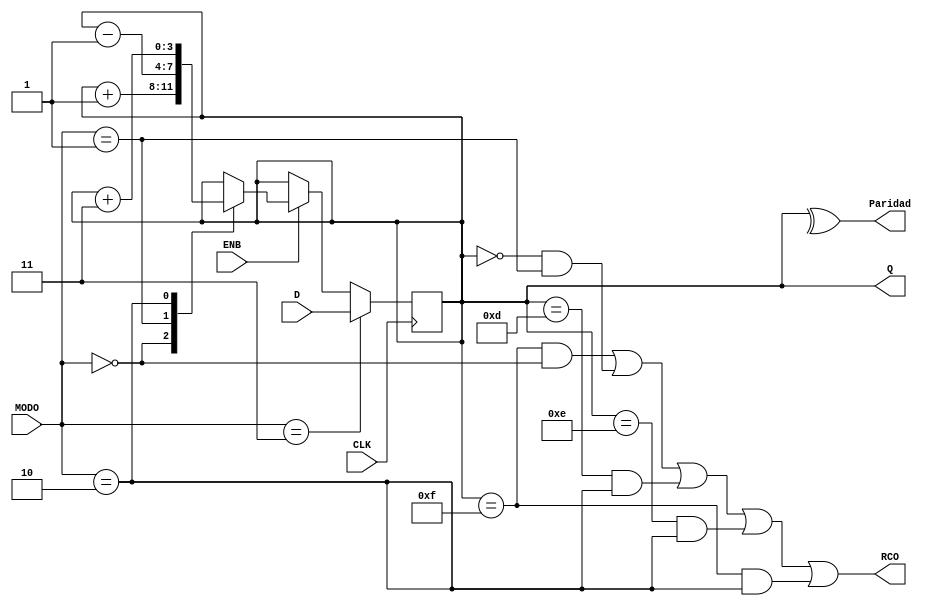
module contador_de4_bits (
    input wire CLK,
    input wire ENB,
    input wire [1:0] MODO,
    input wire [3:0] D,
    output reg [3:0] Q,
    output reg RCO,
    output reg Paridad
);

    always @(posedge CLK) begin  
        if (MODO == 2'b11) begin
            Q <= D;
        end 
        else if (ENB == 1) begin
            case (MODO)
                2'b00: Q <= Q + 1; // Cuenta ascendente
                2'b01: Q <= Q - 1; // Cuenta descendente
                2'b10: Q <= Q + 3; // Cuenta ascendente de 3 en 3
            endcase
        end
    end
    
    always @* begin 
        Paridad = ^Q;    
        RCO <= (Q == 4'b1111 && MODO == 2'b00) || (Q == 4'b0000 && MODO == 2'b01) || (Q == 4'b1101 && MODO == 2'b10) 
            || (Q == 4'b1110 && MODO == 2'b10) || (Q == 4'b1111 && MODO == 2'b10); 
    end

endmodule